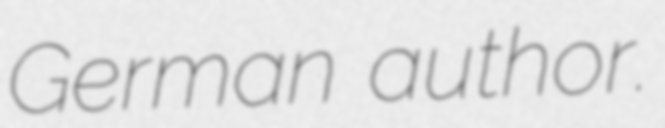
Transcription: German author.